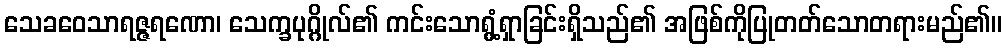
သေခဝေသာရဇ္ဇရဏော၊ သေက္ခပုဂ္ဂိုလ်၏ ကင်းသောရွံ့ရှာခြင်းရှိသည်၏ အဖြစ်ကိုပြုတတ်သောတရားမည်၏။